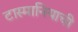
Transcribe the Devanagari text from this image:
टास्मानियाची